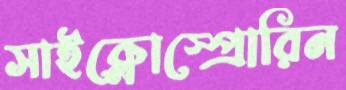
সাইক্লোস্প্রোরিন